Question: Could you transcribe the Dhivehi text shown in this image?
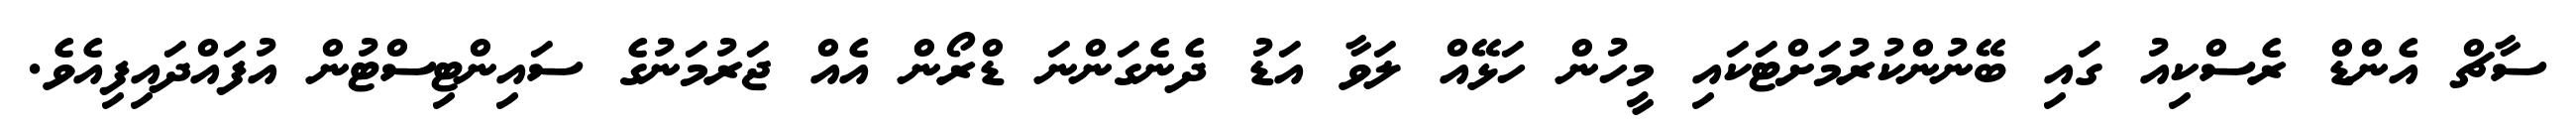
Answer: ސާޗް އެންޑް ރެސްކިއު ގައި ބޭނުންކުރުމަށްޓަކައި މީހުން ހަޅޭއް ލަވާ އަޑު ދެނެގަންނަ ޑްރޯން އެއް ޖަރުމަނުގެ ސައިންޓިސްޓުން އުފައްދައިފިއެވެ.